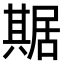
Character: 𠔴